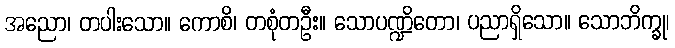
အညော၊ တပါးသော။ ကောစိ၊ တစုံတဦး။ သောပဏ္ဍိတော၊ ပညာရှိသော။ သောဘိက္ခု၊